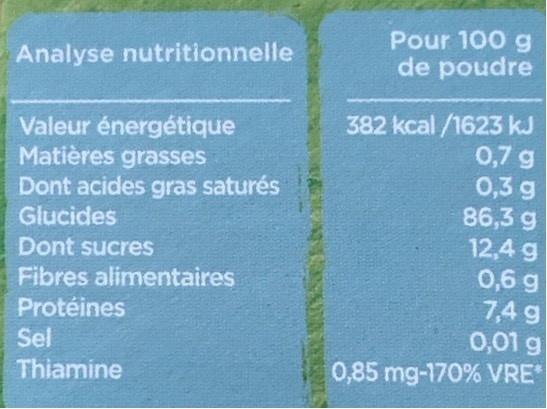
Pour 100 g de poudre
Analyse nutritionnelle
382 kcal /1623 kJ 0,7 g 0,3 g 86,3 g 12,4 g 0,6 g 7,4 g 0,01 g 0,85 mg-170% VRE"
Valeur énergétique Matières grasses Dont acides gras saturés
Glucides
Dont sucres Fibres alimentaires
Protéines Sel Thiamine